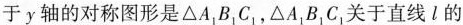
于y轴的对称图形是\triangle A_{1}B_{1}C_{1}，\triangle A_{1}B_{1}C_{1}关于直线l